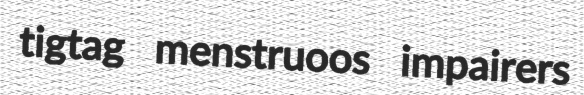
tigtag menstruoos impairers